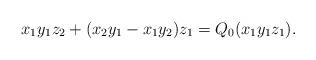
LaTeX: \begin{align*}x_1y_1z_2+(x_2y_1-x_1y_2)z_1=Q_0(x_1y_1z_1). \end{align*}